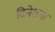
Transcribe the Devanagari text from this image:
दिनेशना